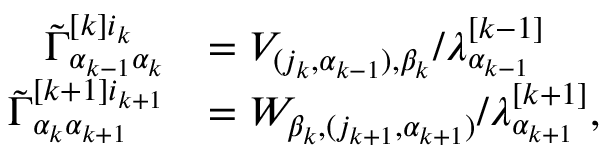
\begin{array} { r l } { \Tilde { \Gamma } _ { \alpha _ { k - 1 } \alpha _ { k } } ^ { [ k ] i _ { k } } } & { = V _ { ( j _ { k } , \alpha _ { k - 1 } ) , \beta _ { k } } / \lambda _ { \alpha _ { k - 1 } } ^ { [ k - 1 ] } } \\ { \Tilde { \Gamma } _ { \alpha _ { k } \alpha _ { k + 1 } } ^ { [ k + 1 ] i _ { k + 1 } } } & { = W _ { \beta _ { k } , ( j _ { k + 1 } , \alpha _ { k + 1 } ) } / \lambda _ { \alpha _ { k + 1 } } ^ { [ k + 1 ] } , } \end{array}